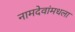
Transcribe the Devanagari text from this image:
नामदेवांमधला